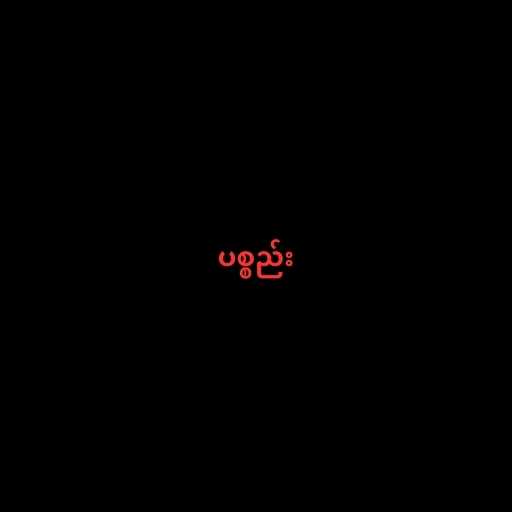
ပစ္စည်း